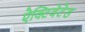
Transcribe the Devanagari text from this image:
ऐक्टिवेटेड